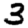
Digit: 3